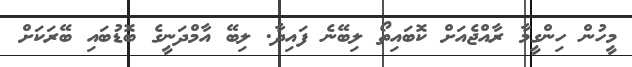
މީހުން ހިންގީމާ ރާއްޖެއަށް ކޮބައިތޯ ލިބޭނެ ފައިދާ. ލިބޭ އާމްދަނީގެ ބޮޑުބައި ބޭރަކަށް